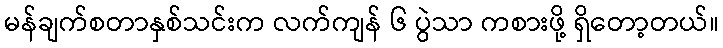
မန်ချက်စတာနှစ်သင်းက လက်ကျန် ၆ ပွဲသာ ကစားဖို့ ရှိတော့တယ်။